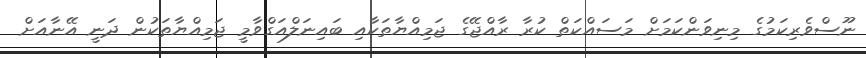
ނޫސްވެރިކަމުގެ މިނިވަންކަމަށް މަސައްކަތް ކުރާ ރާއްޖޭގެ ޖަމިއްޔާތަކާއި ބައިނަލްއަގްވާމީ ޖަމިއްޔާތަކުން ދަނީ އޭނާއަށް